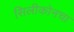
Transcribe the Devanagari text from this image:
सिलीकोनचा